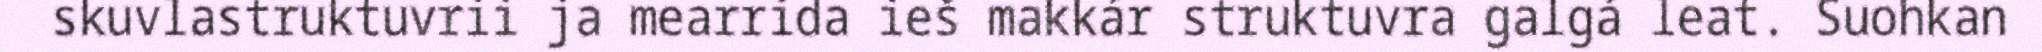
skuvlastruktuvrii ja mearrida ieš makkár struktuvra galgá leat. Suohkan